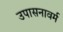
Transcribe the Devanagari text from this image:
उपासनावर्म